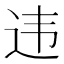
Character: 违